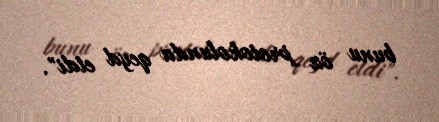
bunu öz protokolunda qeyd etdi".